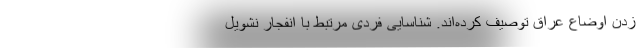
زدن اوضاع عراق توصیف کرده‌اند. شناسایی فردی مرتبط با انفجار نشویل